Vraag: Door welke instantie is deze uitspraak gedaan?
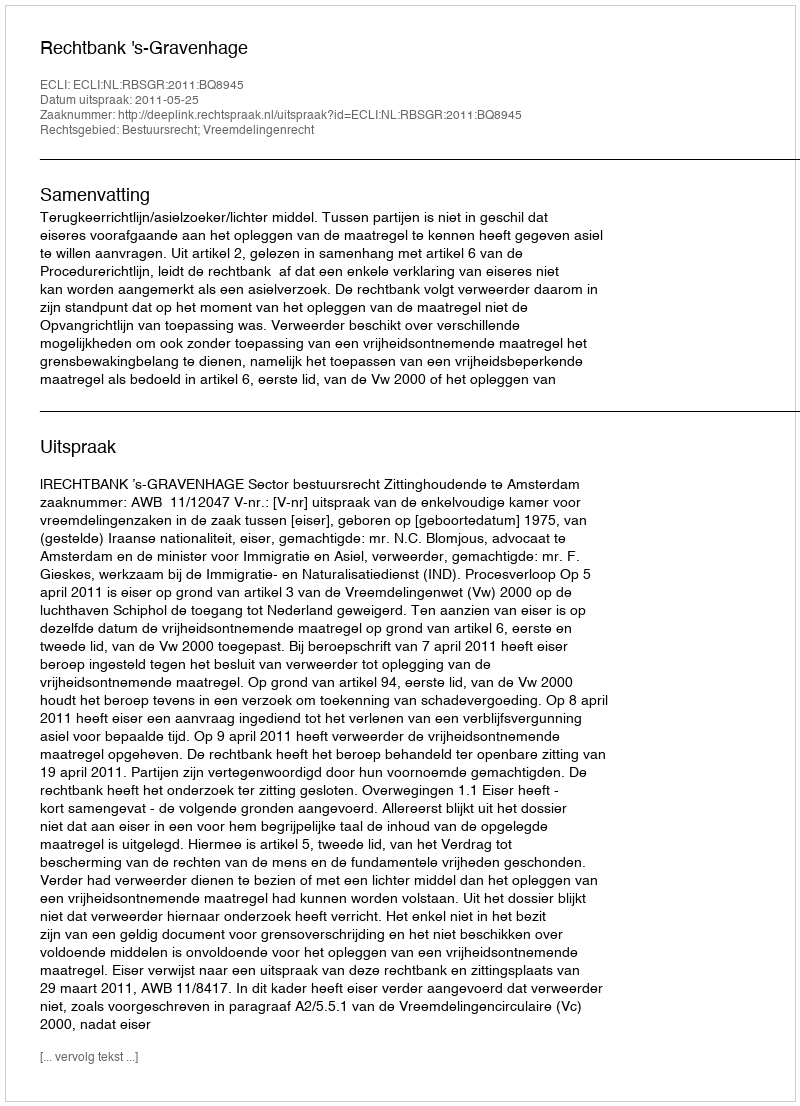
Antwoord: Rechtbank 's-Gravenhage